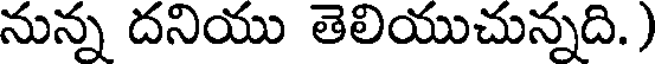
నున్న దనియు తెలియుచున్నది.)